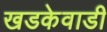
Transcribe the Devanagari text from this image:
खडकेवाडी